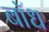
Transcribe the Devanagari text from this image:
बाॅध